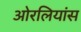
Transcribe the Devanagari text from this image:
ओरलियांस